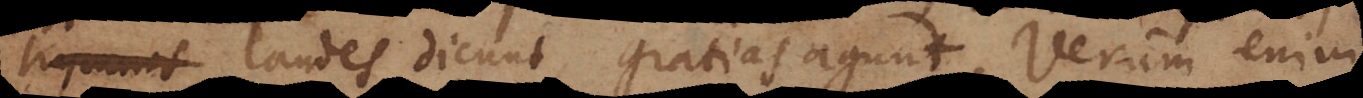
loquunt laudes dicunt, gratias agunt. Verum enim